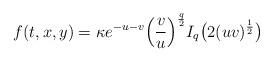
LaTeX: \begin{align*}f(t,x,y) =\kappa e^{-u-v}\Big ( \frac{v}{u} \Big)^{\frac{q}{2}} I_{q}\big (2(uv)^{\frac{1}{2}} \big)\end{align*}